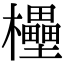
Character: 𣠠